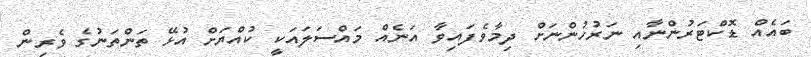
ބައެއް ޑޮކްޓަރުންނާއި ނަރުހުންނަށް ދިމާވެފައިވާ އަނެއް މައްސަލައަކީ ކުއްޔަށް އުޅޭ ތަންތަނުގެ ވެރިން